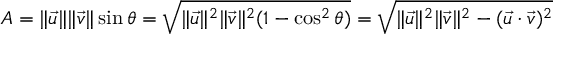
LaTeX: A = \| { \vec { u } } \| \| { \vec { v } } \| \sin \theta = { \sqrt { \| { \vec { u } } \| ^ { 2 } \| { \vec { v } } \| ^ { 2 } ( 1 - \cos ^ { 2 } \theta ) } } = { \sqrt { \| { \vec { u } } \| ^ { 2 } \| { \vec { v } } \| ^ { 2 } - ( { \vec { u } } \cdot { \vec { v } } ) ^ { 2 } } }